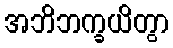
အဘိဘက္ခယိတွာ